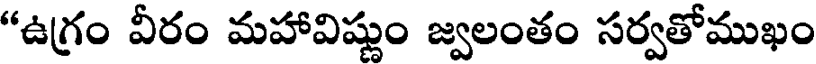
"ఉగ్రం వీరం మహావిష్ణుం జ్వలంతం సర్వతోముఖం